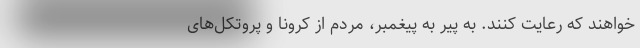
خواهند که رعایت کنند. به پیر به پیغمبر، مردم از کرونا و پروتکل‌های